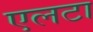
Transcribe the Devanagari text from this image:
एलटा